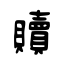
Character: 贖